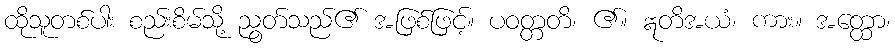
ထိုသူတစ်ပါး စည်းစိမ်သို့ ညွတ်သည်၏ အဖြစ်ဖြင့်။ ပဝတ္တတိ၊ ၏။ ဣတိအယံ၊ ကား။ အတ္ထော၊